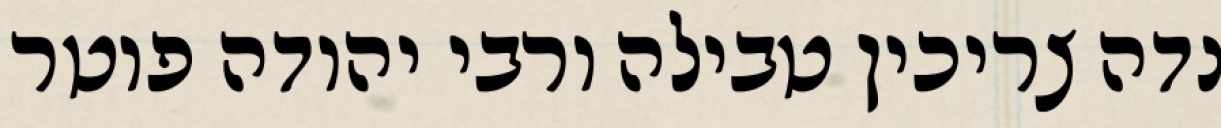
נדה צריכין טבילה ורבי יהודה פוטר